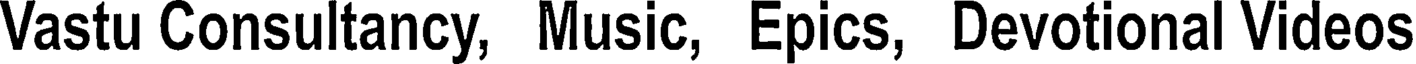
Vastu Consultancy, Music, Epics, Devotional Videos